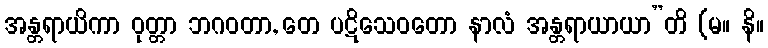
အန္တရာယိကာ ဝုတ္တာ ဘဂဝတာ, တေ ပဋိသေဝတော နာလံ အန္တရာယာယာ”တိ (မ။ နိ။